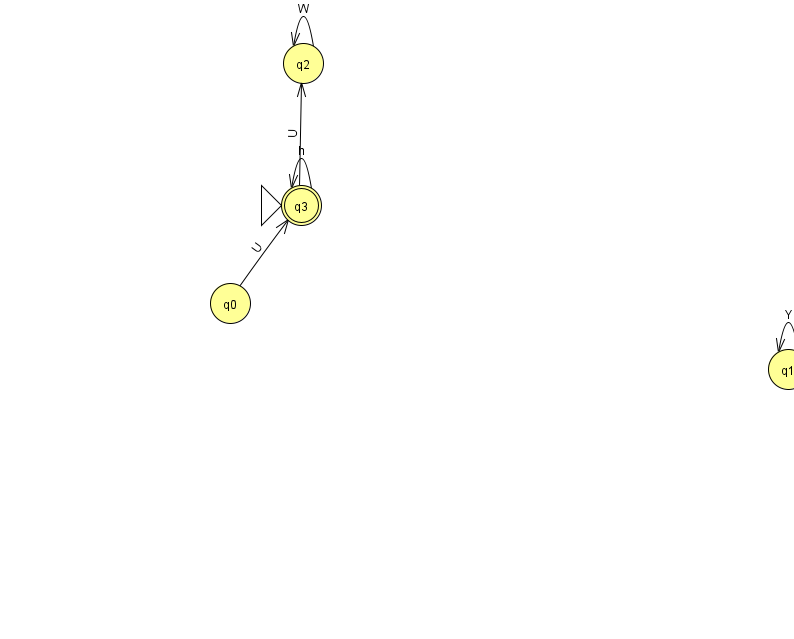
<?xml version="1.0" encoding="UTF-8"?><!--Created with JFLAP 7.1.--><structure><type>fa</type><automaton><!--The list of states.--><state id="0" name="q0"><x>230.0</x><y>290.0</y></state><state id="1" name="q1"><x>788.0</x><y>356.0</y></state><state id="2" name="q2"><x>303.0</x><y>50.0</y></state><state id="3" name="q3"><x>301.0</x><y>192.0</y><initial/><final/></state><!--The list of transitions.--><transition><from>2</from><to>2</to><read>W</read></transition><transition><from>3</from><to>2</to><read>U</read></transition><transition><from>3</from><to>3</to><read>h</read></transition><transition><from>1</from><to>1</to><read>Y</read></transition><transition><from>0</from><to>3</to><read>U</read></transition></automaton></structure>